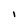
Character: 1